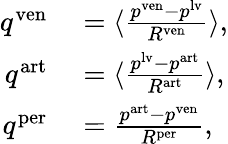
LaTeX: \begin{array}{rl}{q^{\mathrm{ven}}}&{{}=\langle\frac{p^{\mathrm{ven}}-p^{\mathrm{lv}}}{R^{\mathrm{ven}}}\rangle,}\\ {q^{\mathrm{art}}}&{{}=\langle\frac{p^{\mathrm{lv}}-p^{\mathrm{art}}}{R^{\mathrm{art}}}\rangle,}\\ {q^{\mathrm{per}}}&{{}=\frac{p^{\mathrm{art}}-p^{\mathrm{ven}}}{R^{\mathrm{per}}},}\end{array}